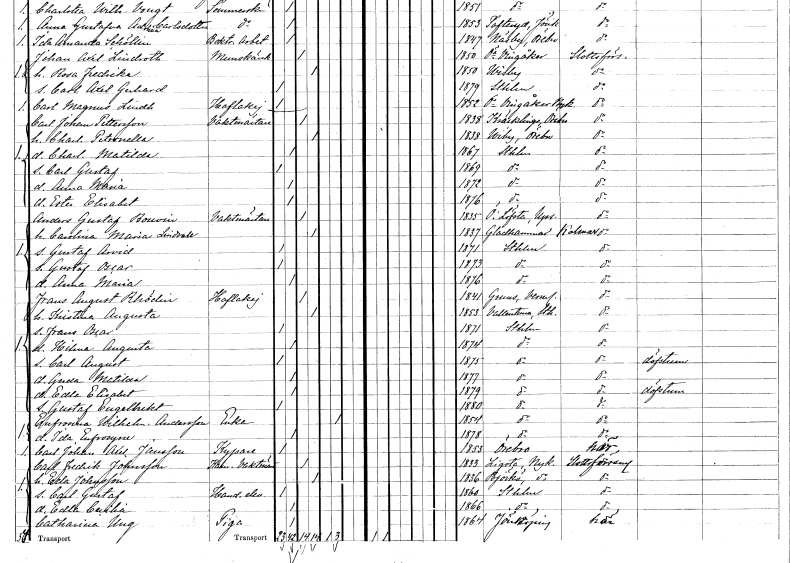
gt_parse: households: individuals: FN: Carl Johan
EN: Pettersson
YRKE: Vaktmästare
KON: M
CIV: G
FODAR: 1838
FODFORS: Kräcklinge Örebro län
FN: Charlotta Petronella
KON: K
CIV: G
FODAR: 1838
FODFORS: Viby Örebro län
FN: Charlotta Matilda
KON: K
CIV: O
FODAR: 1867
FODFORS: Stockholm
FN: Carl Gustaf
KON: M
CIV: O
FODAR: 1869
FODFORS: Stockholm
FN: Anna Maria
KON: K
CIV: O
FODAR: 1872
FODFORS: Stockholm
FN: Ester Elisabet
KON: K
CIV: O
FODAR: 1876
FODFORS: Stockholm
FN: Anders Gustaf
EN: Bouvin
YRKE: Vaktmästare
KON: M
CIV: G
FODAR: 1835
FODFORS: Österlövsta Uppsala län
FN: Carolina Maria
EN: Lindvall
KON: K
CIV: G
FODAR: 1837
FODFORS: Gladhammar Kalmar län
FN: Gustaf Arvid
KON: M
CIV: O
FODAR: 1871
FODFORS: Stockholm
FN: Gustaf Oscar
KON: M
CIV: O
FODAR: 1873
FODFORS: Stockholm
FN: Anna Maria
KON: K
CIV: O
FODAR: 1876
FODFORS: Stockholm
FN: Frans August
EN: Rhödin
YRKE: Hovlakej
KON: M
CIV: G
FODAR: 1841
FODFORS: Grums Värmlands län
FN: Kristina Augusta
KON: K
CIV: G
FODAR: 1853
FODFORS: Vallentuna Stockholms län
FN: Frans Oscar
KON: M
CIV: O
FODAR: 1871
FODFORS: Stockholm
FN: Hilma Augusta
KON: K
CIV: O
FODAR: 1874
FODFORS: Stockholm
FN: Carl August
KON: M
CIV: O
FODAR: 1875
FODFORS: Stockholm
FN: Gerda Matilda
KON: K
CIV: O
FODAR: 1877
FODFORS: Stockholm
FN: Edla Elisabet
KON: K
CIV: O
FODAR: 1879
FODFORS: Stockholm
FN: Gustaf Engelbrekt
KON: M
CIV: O
FODAR: 1880
FODFORS: Stockholm
FN: Eufrosina Wilhelmina
EN: Andersson
YRKE: Änka
KON: K
CIV: E
FODAR: 1854
FODFORS: Stockholm
FN: Ida Eufrosyne
KON: K
CIV: O
FODAR: 1878
FODFORS: Stockholm
FN: Carl Johan Axel
EN: Jansson
YRKE: Kypare
KON: M
CIV: O
FODAR: 1853
FODFORS: Örebro Örebro län
FN: Carl Fredrik
EN: Johansson
YRKE: Kammarvaktmästare
KON: M
CIV: G
FODAR: 1833
FODFORS: Lista Södermanlands län
FN: Edla
EN: Johansson
KON: K
CIV: G
FODAR: 1836
FODFORS: Björkö Jönköpings län
FN: Carl Gustaf
YRKE: Handelselev
KON: M
CIV: O
FODAR: 1860
FODFORS: Stockholm
FN: Edla Cecilia
KON: K
CIV: O
FODAR: 1866
FODFORS: Stockholm
FN: Catharina
EN: Ung
YRKE: Piga
KON: K
CIV: O
FODAR: 1864
FODFORS: Jönköping Jönköpings län